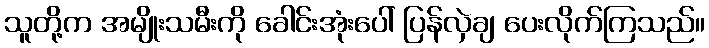
သူတို့က အမျိုးသမီးကို ခေါင်းအုံးပေါ် ပြန်လှဲချ ပေးလိုက်ကြသည်။